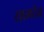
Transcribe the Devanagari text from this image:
सामदेव